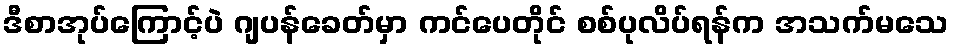
ဒီစာအုပ်ကြောင့်ပဲ ဂျပန်ခေတ်မှာ ကင်ပေတိုင် စစ်ပုလိပ်ရန်က အသက်မသေ